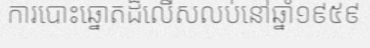
ការបោះឆ្នោតដ៏លើសលប់នៅឆ្នាំ១៩៥៩